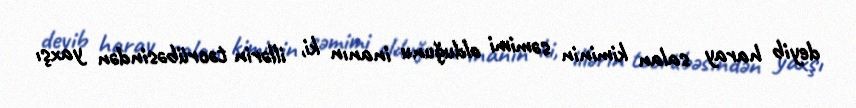
deyib haray salan kiminin səmimi olduğunu inanın ki, illərin təcrübəsindən yaxşı